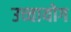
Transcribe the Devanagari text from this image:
उच्‍चायोग